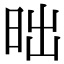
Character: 昢